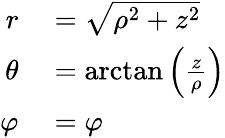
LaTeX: \begin{array}{rl}{r}&{{}={\sqrt{\rho^{2}+z^{2}}}}\\ {\theta}&{{}=\arctan\left({\frac{z}{\rho}}\right)}\\ {\varphi}&{{}=\varphi}\end{array}